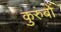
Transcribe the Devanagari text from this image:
कुरुंबों